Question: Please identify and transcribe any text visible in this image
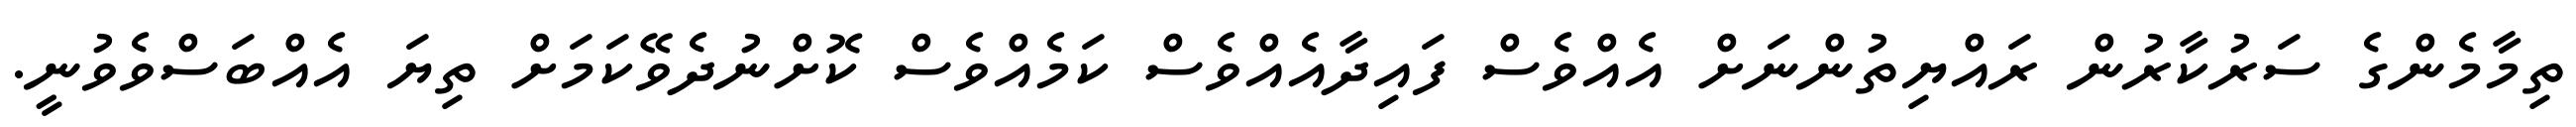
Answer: ތިމާމެންގެ ސަރުކާރުން ރައްޔިތުންނަށް އެއްވެސް ފައިދާއެއްވެސް ކަމެއްވެސް ކޮށްނުދެވޭކަމަށް ތިޔަ އެއްބަސްވެވުނީ.